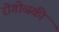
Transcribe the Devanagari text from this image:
रोगोव्स्की